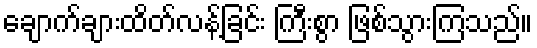
ချောက်ချားထိတ်လန့်ခြင်း ကြီးစွာ ဖြစ်သွားကြသည်။